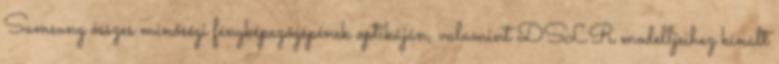
Samsung összes minőségi fényképezőgépének optikáján, valamint DSLR modelljeihez kínált